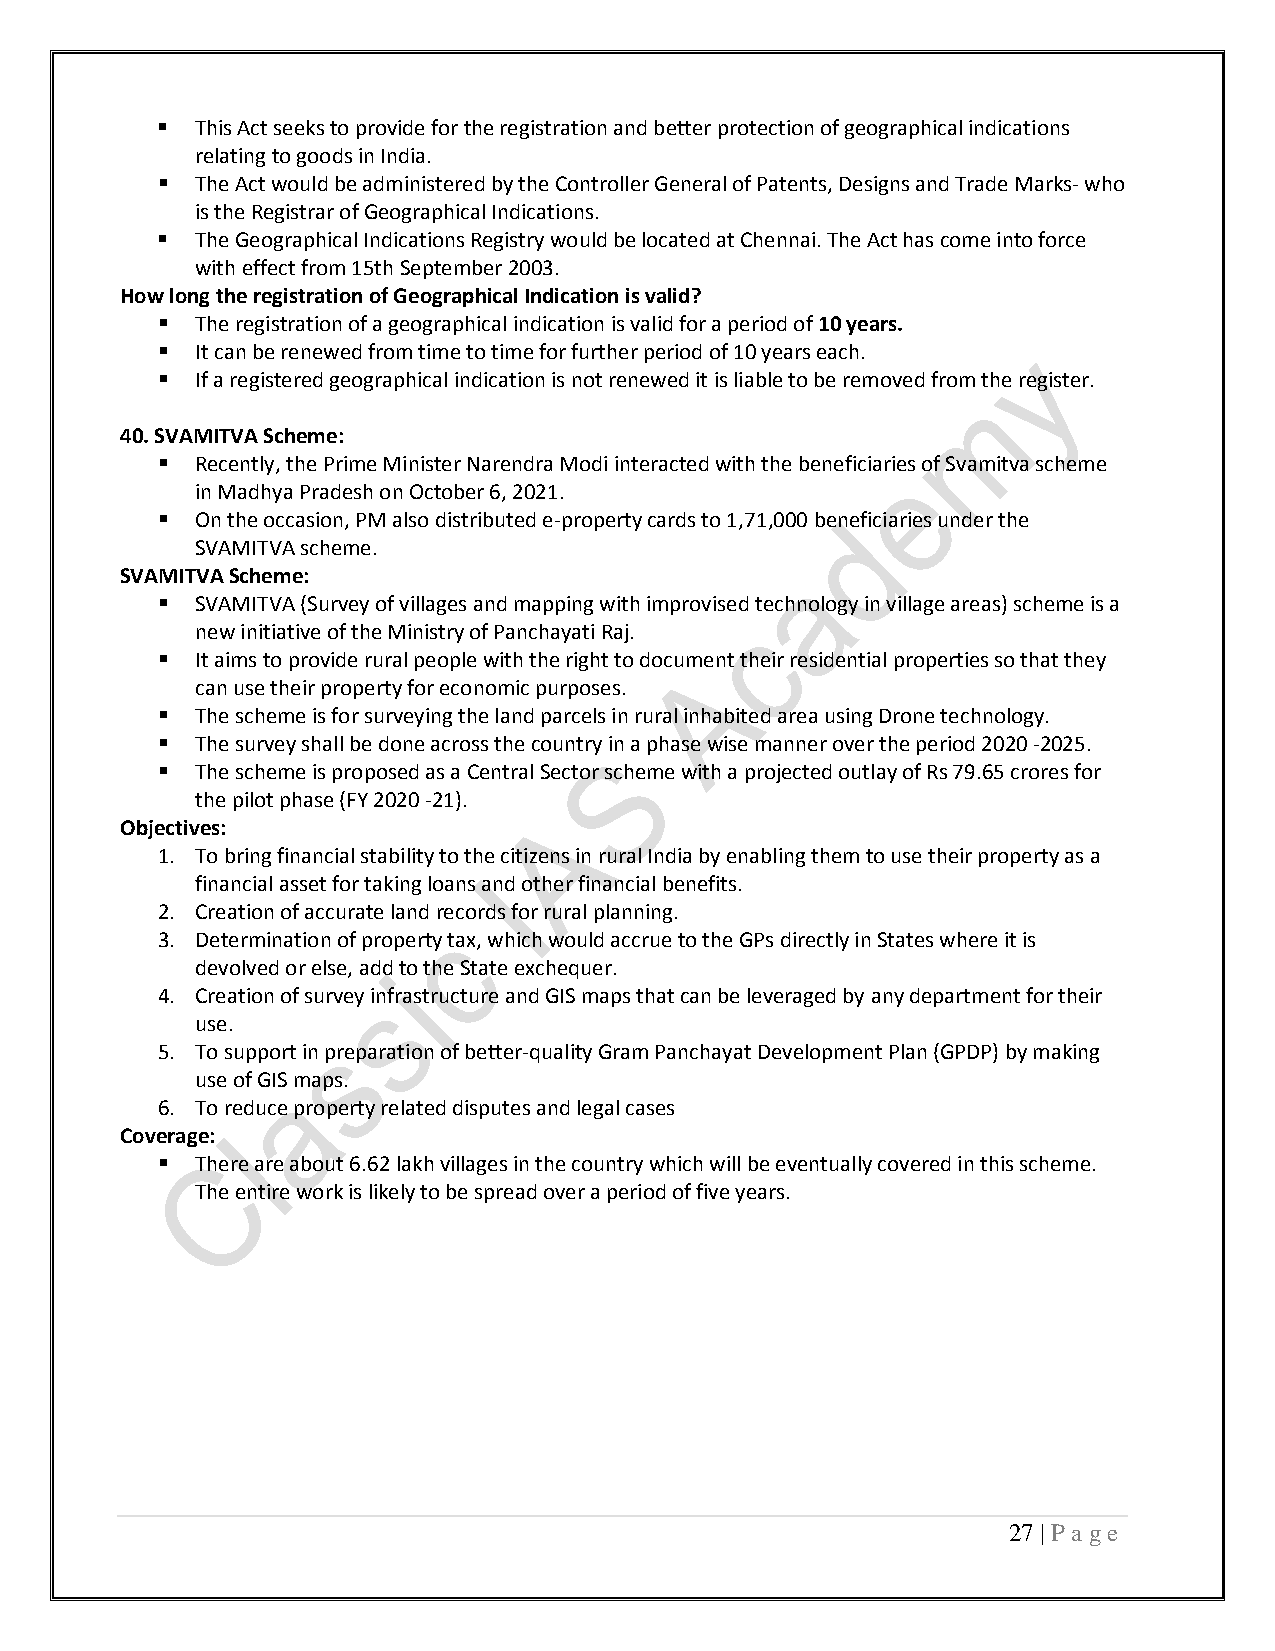
  This Act seeks to provide for the registration and better protection of geographical indications
 relating to goods in India.
   The Act would be administered by the Controller General of Patents, Designs and Trade Marks- who
 is the Registrar of Geographical Indications.
   The Geographical Indications Registry would be located at Chennai. The Act has come into force
 with effect from 15th September 2003.
 How long the registration of Geographical Indication is valid?
   The registration of a geographical indication is valid for a period of 10 years.
   It can be renewed from time to time for further period of 10 years each.
   If a registered geographical indication is not renewed it is liable to be removed from the register.
 40. SVAMITVA Scheme:
   Recently, the Prime Minister Narendra Modi interacted with the beneficiaries of Svamitva scheme
 in Madhya Pradesh on October 6, 2021.
   On the occasion, PM also distributed e-property cards to 1,71,000 beneficiaries under the
 SVAMITVA scheme.
 SVAMITVA Scheme:
   SVAMITVA (Survey of villages and mapping with improvised technology in village areas) scheme is a
 new initiative of the Ministry of Panchayati Raj.
   It aims to provide rural people with the right to document their residential properties so that they
 can use their property for economic purposes.
   The scheme is for surveying the land parcels in rural inhabited area using Drone technology.
   The survey shall be done across the country in a phase wise manner over the period 2020 -2025.
   The scheme is proposed as a Central Sector scheme with a projected outlay of Rs 79.65 crores for
 the pilot phase (FY 2020 -21).
 Objectives:
 1. To bring financial stability to the citizens in rural India by enabling them to use their property as a
 financial asset for taking loans and other financial benefits.
 2. Creation of accurate land records for rural planning.
 3. Determination of property tax, which would accrue to the GPs directly in States where it is
 devolved or else, add to the State exchequer.
 4. Creation of survey infrastructure and GIS maps that can be leveraged by any department for their
 use.
 5. To support in preparation of better-quality Gram Panchayat Development Plan (GPDP) by making
 use of GIS maps.
 6. To reduce property related disputes and legal cases
 Coverage:
   There are about 6.62 lakh villages in the country which will be eventually covered in this scheme.
 The entire work is likely to be spread over a period of five years.
 27 | P a ge